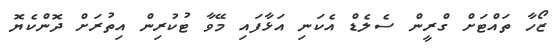
ޒޯހާ ތައްޓަށް ގްރީން ސެލެޑް އެކަނި އަޅާފައި މޭވާ ޓުކުރިން އިތުރަށް ދޮންކެޔޮ